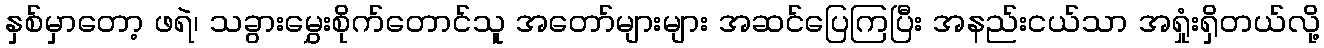
နှစ်မှာတော့ ဖရဲ၊ သခွားမွှေးစိုက်တောင်သူ အတော်များများ အဆင်ပြေကြပြီး အနည်းငယ်သာ အရှုံးရှိတယ်လို့